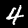
Label: 4